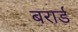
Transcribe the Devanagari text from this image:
बरार्ड